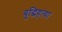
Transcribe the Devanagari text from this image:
बुद्धिहत्या